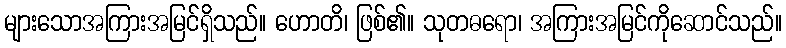
များသောအကြားအမြင်ရှိသည်။ ဟောတိ၊ ဖြစ်၏။ သုတဓရော၊ အကြားအမြင်ကိုဆောင်သည်။